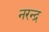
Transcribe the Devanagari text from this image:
नरन्द्र